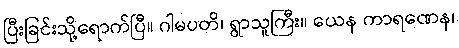
ပြီးခြင်းသို့ရောက်ပြီ။ ဂါမပတိ၊ ရွာသူကြီး။ ယေန ကာရဏေန၊